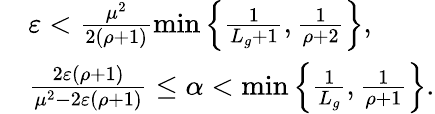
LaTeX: \begin{array}{rl}&{\varepsilon<\frac{\mu^{2}}{2\left(\rho+1\right)}\operatorname*{min}\left\{ \frac{1}{L_{g}+1},\frac{1}{\rho+2}\right\} ,}\\ &{\frac{2\varepsilon(\rho+1)}{\mu^{2}-2\varepsilon(\rho+1)}\le\alpha<\operatorname*{min}\left\{ \frac{1}{L_{g}},\frac{1}{\rho+1}\right\} .}\end{array}